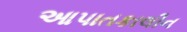
આપાતકાલીન